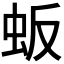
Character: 𬟸